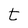
Character: t